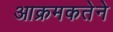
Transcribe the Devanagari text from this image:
आक्रमकतेने